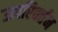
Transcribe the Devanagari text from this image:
उत्परिवर्त्तन